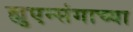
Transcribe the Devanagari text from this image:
ह्युएन्संगाच्या